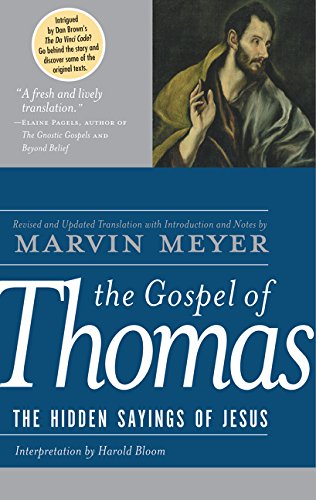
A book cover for The Gospel of Thomas: The Hidden Sayings of Jesus; Marvin W. Meyer; Reference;